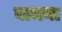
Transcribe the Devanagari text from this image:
बाधना